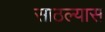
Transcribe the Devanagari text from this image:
साठल्यास